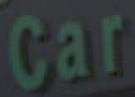
Car